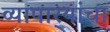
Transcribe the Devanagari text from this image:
व्यापार्‍यांचा